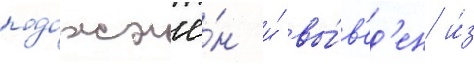
подожжё́н и́ вы́в'ед'ен и́з